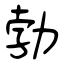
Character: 勃